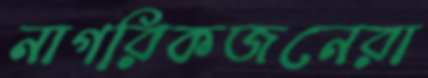
নাগরিকজনেরা